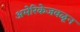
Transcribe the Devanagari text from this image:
अमेरिकेजवळून